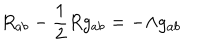
R _ { a b } - \frac { 1 } { 2 } R g _ { a b } = - \Lambda g _ { a b }